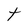
Character: t